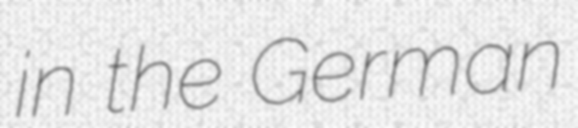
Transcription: in the German